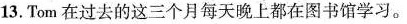
13. Tom 在过去的这三个月每天晚上都在图书馆学习.